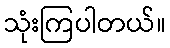
သုံးကြပါတယ်။